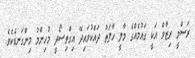
ރަސްމީ ރިޒާވް އަކީ ގައުމެއްގެ މާލީ ހާލަތު ދައްކުވައިދޭ އިގްތިސޯދީ މުހިންމު މިންގަނޑެކެވެ.